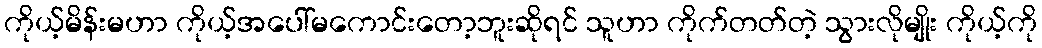
ကိုယ့်မိန်းမဟာ ကိုယ့်အပေါ်မကောင်းတော့ဘူးဆိုရင် သူဟာ ကိုက်တတ်တဲ့ သွားလိုမျိုး ကိုယ့်ကို